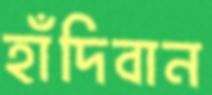
হাঁদিবান